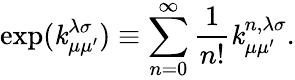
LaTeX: \exp(\operatorname{\mathit{k}}_{\mu\mu^{\prime}}^{\lambda\sigma})\equiv\sum_{n=0}^{\infty}\frac{{1}}{{n!}}\operatorname{\mathit{k}}_{\mu\mu^{\prime}}^{n,\lambda\sigma}.